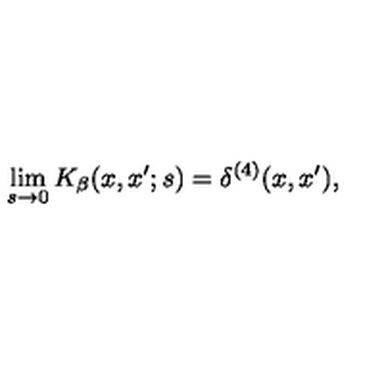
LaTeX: \lim _ { s \rightarrow 0 } K _ { \beta } ( x , x ^ { \prime } ; s ) = \delta ^ { ( 4 ) } ( x , x ^ { \prime } ) ,